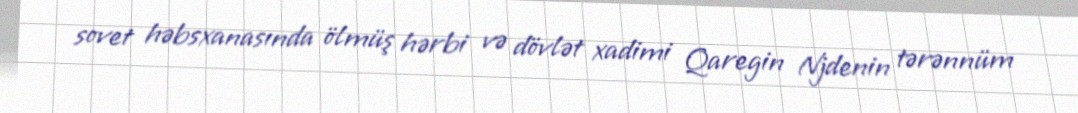
sovet həbsxanasında ölmüş hərbi və dövlət xadimi Qaregin Njdenin tərənnüm